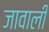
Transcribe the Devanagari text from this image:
जावाली